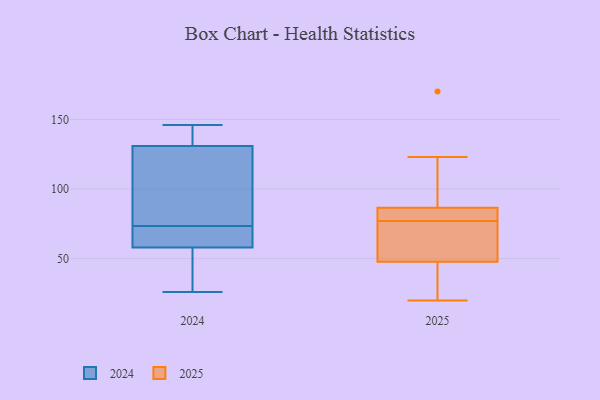
{"axis": {"x": "Satisfaction Score", "y": "Value"}, "legend": ["2024", "2025"], "data": [{"x": "", "y": 61, "type": "2024"}, {"x": "", "y": 26, "type": "2024"}, {"x": "", "y": 131, "type": "2024"}, {"x": "", "y": 82, "type": "2024"}, {"x": "", "y": 28, "type": "2024"}, {"x": "", "y": 65, "type": "2024"}, {"x": "", "y": 146, "type": "2024"}, {"x": "", "y": 97, "type": "2024"}, {"x": "", "y": 58, "type": "2024"}, {"x": "", "y": 134, "type": "2024"}, {"x": "", "y": 87, "type": "2025"}, {"x": "", "y": 22, "type": "2025"}, {"x": "", "y": 22, "type": "2025"}, {"x": "", "y": 80, "type": "2025"}, {"x": "", "y": 123, "type": "2025"}, {"x": "", "y": 55, "type": "2025"}, {"x": "", "y": 63, "type": "2025"}, {"x": "", "y": 50, "type": "2025"}, {"x": "", "y": 85, "type": "2025"}, {"x": "", "y": 77, "type": "2025"}, {"x": "", "y": 20, "type": "2025"}, {"x": "", "y": 91, "type": "2025"}, {"x": "", "y": 47, "type": "2025"}, {"x": "", "y": 83, "type": "2025"}, {"x": "", "y": 170, "type": "2025"}]}